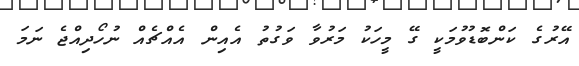
އޭރުގެ ކަންބޮޑުވުމަކީ ގޭ މީހަކު މަރުވާ ވަގުތު އެއިން އެއްޗެއް ނުހޯދިއްޖެ ނަމަ